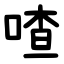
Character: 喳